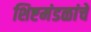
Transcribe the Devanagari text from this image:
शिष्टमंडळांचे